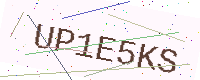
Text: UP1E5KS